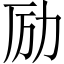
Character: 励